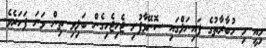
މިއީ މި މުބާރާތުގެ ފައިނަލްގައި ސޮނޭވާފުށި ޖެހިޖެހިގެން ބަލިވި ތިން ވަނަ ފަހަރެވެ.